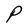
Character: P